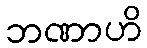
ဘဏာဟိ